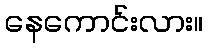
နေကောင်းလား။